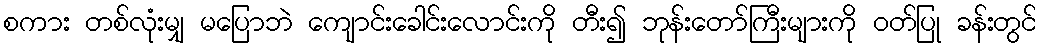
စကား တစ်လုံးမျှ မပြောဘဲ ကျောင်းခေါင်းလောင်းကို တီး၍ ဘုန်းတော်ကြီးများကို ဝတ်ပြု ခန်းတွင်